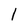
Character: 1